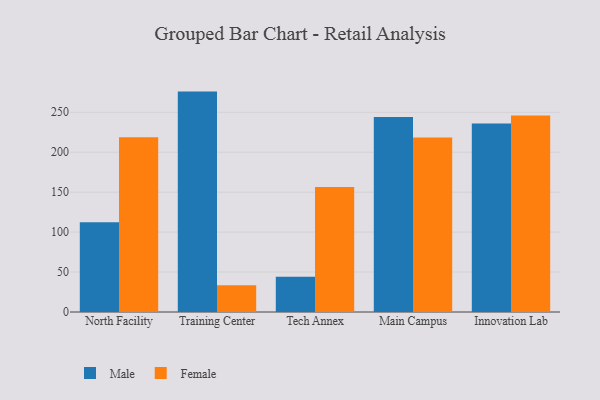
{"axis": {"x": "Campus", "y": "LTV (USD)"}, "legend": ["Female", "Male"], "data": [{"x": "North Facility", "y": 112.4, "type": "Male"}, {"x": "North Facility", "y": 218.9, "type": "Female"}, {"x": "Training Center", "y": 275.9, "type": "Male"}, {"x": "Training Center", "y": 33.6, "type": "Female"}, {"x": "Tech Annex", "y": 44.2, "type": "Male"}, {"x": "Tech Annex", "y": 156.5, "type": "Female"}, {"x": "Main Campus", "y": 244.0, "type": "Male"}, {"x": "Main Campus", "y": 218.4, "type": "Female"}, {"x": "Innovation Lab", "y": 235.9, "type": "Male"}, {"x": "Innovation Lab", "y": 246.1, "type": "Female"}]}